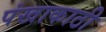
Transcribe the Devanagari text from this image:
पंखाकाठी